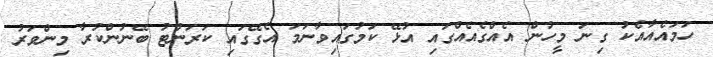
ހަމައެއާއެކު ގިނަ މީހުން އެއްގެއެއްގައި އުޅޭ ކަމުގައިވާނަމަ އެގޭގައި ކަރަންޓު ބޭނުންކުރާ މިންވަރު